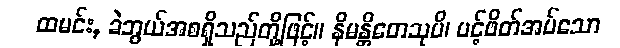
ထမင်း, ခဲဘွယ်အစရှိသည်တို့ဖြင့်။ နိမန္တိတေသုပိ၊ ပင့်ဖိတ်အပ်သော